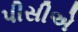
પીસીએ